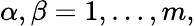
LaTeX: \alpha,\beta=1,\ldots,m,